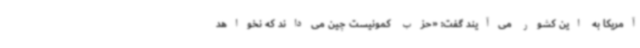
آمریکا به این کشور می‌آیند گفت: «حزب کمونیست چین می‌داند که نخواهد